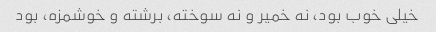
خیلی خوب بود، نه خمیر و نه سوخته، برشته و خوشمزه، بود